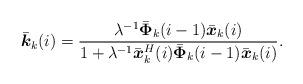
LaTeX: \begin{align*}\bar{\boldsymbol k}_k(i)=\frac{\lambda^{-1}\bar{\boldsymbol \Phi}_k(i-1)\bar{\boldsymbol x}_k(i)}{1+\lambda^{-1}\bar{\boldsymbol x}_k^H(i)\bar{\boldsymbol \Phi}_k(i-1)\bar{\boldsymbol x}_k(i)}.\end{align*}